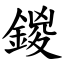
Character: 鍐